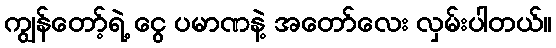
ကျွန်တော့်ရဲ့ ငွေ ပမာဏနဲ့ အတော်လေး လှမ်းပါတယ်။